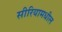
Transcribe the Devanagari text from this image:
सीरियामधील